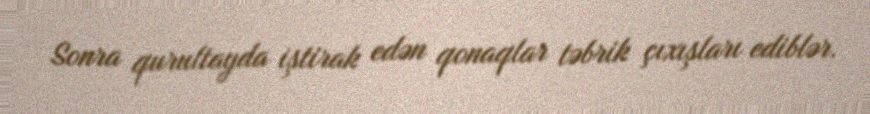
Sonra qurultayda iştirak edən qonaqlar təbrik çıxışları ediblər.